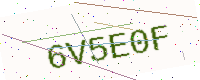
Text: 6V5E0F